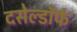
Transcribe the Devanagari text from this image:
दसेल्डॉर्फ